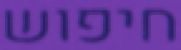
חיפוש